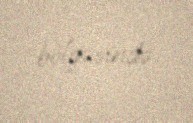
bölgəsində.